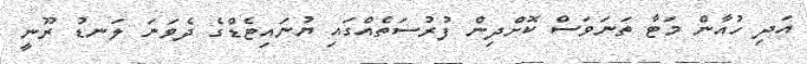
އަދި ހުއާން މަޓާ ތަނަވަސް ކޮށްދިން ފުރުސަތެއްގައި ޔުނައިޓެޑްގެ ދެވަނަ ލަނޑު ރޫނީ